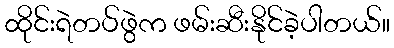
ထိုင်းရဲတပ်ဖွဲက ဖမ်းဆီးနိုင်ခဲ့ပါတယ်။